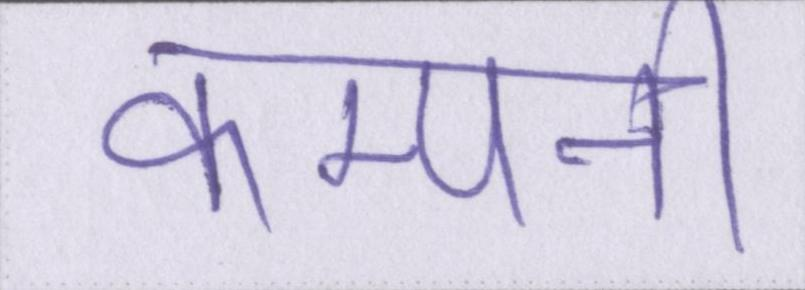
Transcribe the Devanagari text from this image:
कम्पनी